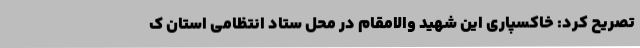
تصریح کرد: خاکسپاری این شهید والامقام در محل ستاد انتظامی استان ک